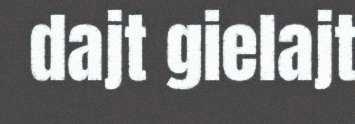
dajt gielajt